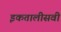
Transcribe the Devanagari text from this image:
इकतालीसवीं